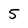
Character: 5